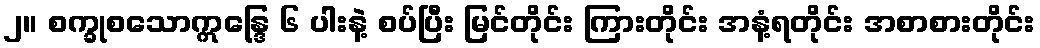
၂။ စက္ခုစသောဣန္ဒြေ ၆ ပါးနဲ့ စပ်ပြီး မြင်တိုင်း ကြားတိုင်း အနံ့ရတိုင်း အစာစားတိုင်း